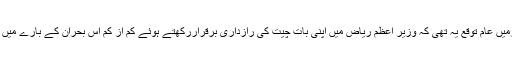
اتنے اہم اور خطرناک بحران کے پس منظرمیں عام توقع یہ تھی کہ وزیر اعظم ریاض میں اپنی بات چیت کی رازداری برقراررکھتے ہوئے کم از کم اس بحران کے بارے میں پاکستان کے موقف کی وضاحت کریں گے۔